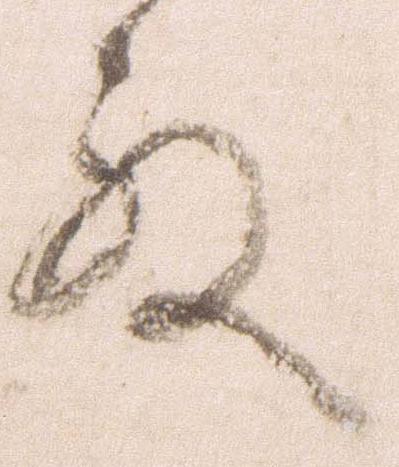
殿